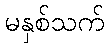
မနှစ်သက်